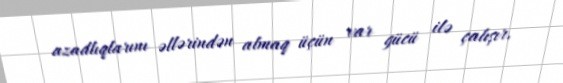
azadlıqlarını əllərindən almaq üçün var gücü ilə çalışır.